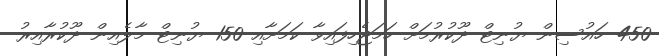
450 ހައުސިން ޔުނިޓް ދޫކުރުމަށް ހަމަޖެހިފައިވާ ކަމަށާއި 150 ޔުނިޓް މާލެއިން ދޫކުރާއިރު